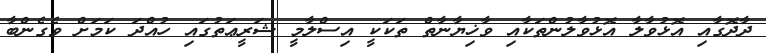
ދާދޮގާއި އޮޅުވާލާ އޮޅުވާލުންތަކާއި ވާޚިޔާނާތް ތަކަކީ އިސްލާމީ ޝަރީޢަތުގައި ހުއްދަ ކަމަށް ވެގެންބާ